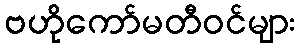
ဗဟိုကော်မတီဝင်များ